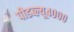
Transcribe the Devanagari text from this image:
पीडब्ल्यू४०००